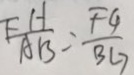
\frac { F H } { A B } = \frac { F G } { B G }